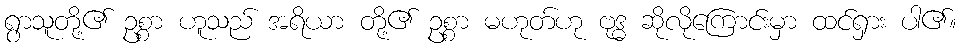
ရွာသူတို့၏ ဥစ္စာ ဟူသည် အရိယာ တို့၏ ဥစ္စာ မဟုတ်ဟု ဗုဒ္ဓ ဆိုလိုကြောင်းမှာ ထင်ရှား ပါ၏။